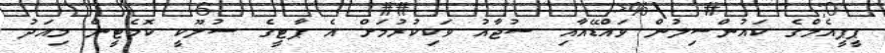
ޕީޕީއެމްގެ ކައުންސިލުން ވައްޑޭއާއި ސުޖާއު ވަކިކުރުމަށް އެ ޕާޓީގެ ސުލޫކީ ކޮމެޓީން މިއަދު